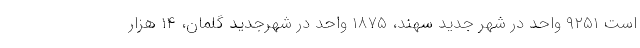
است ۹۲۵۱ واحد در شهر جدید سهند، ۱۸۷۵ واحد در شهرجدید گلمان، ۱۴ هزار